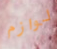
لوازم